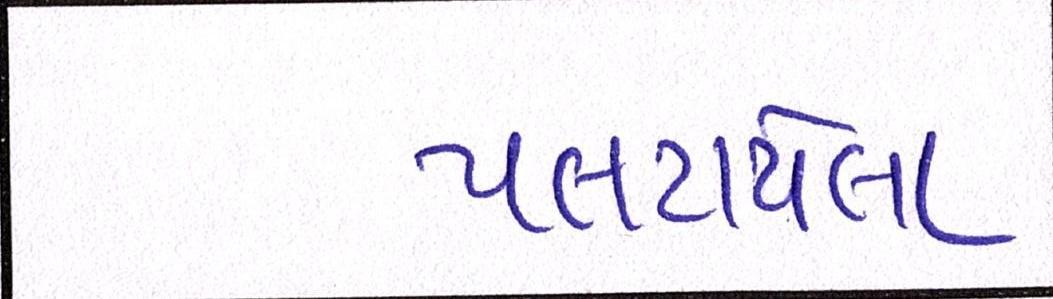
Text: પલટાયેલા